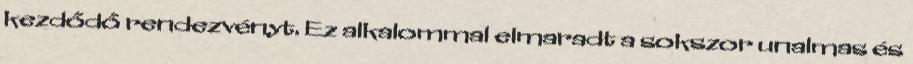
kezdődő rendezvényt. Ez alkalommal elmaradt a sokszor unalmas és